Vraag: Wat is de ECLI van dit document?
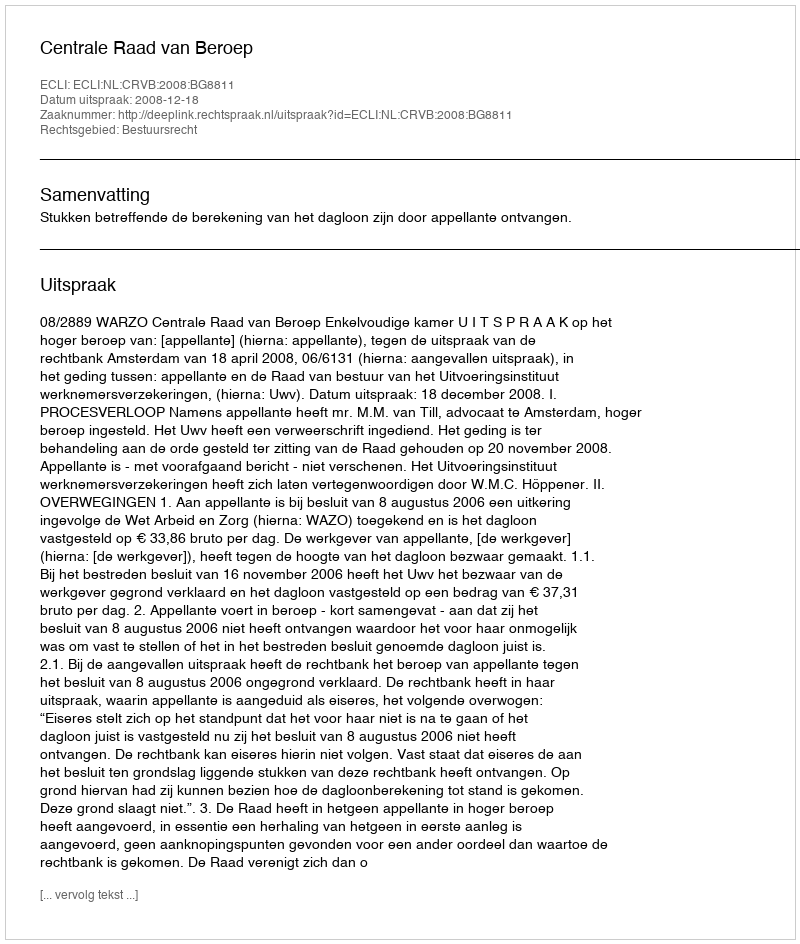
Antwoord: ECLI:NL:CRVB:2008:BG8811